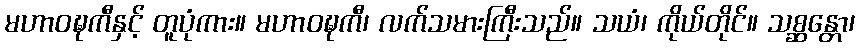
မဟာဝဍ္ဎကီနှင့် တူပုံကား။ မဟာဝဍ္ဎကီ၊ လက်သမားကြီးသည်။ သယံ၊ ကိုယ်တိုင်။ သစ္ဆန္တော၊